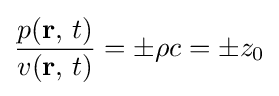
{\frac {p(\mathbf {r} ,\,t)}{v(\mathbf {r} ,\,t)}}=\pm \rho c=\pm z_{0}